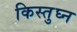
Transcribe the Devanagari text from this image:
किस्तुघ्न